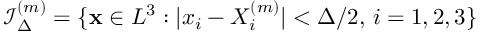
\mathcal { I } _ { \Delta } ^ { ( m ) } = \{ \mathbf { x } \in L ^ { 3 } : | x _ { i } - X _ { i } ^ { ( m ) } | < \Delta / 2 , \, i = 1 , 2 , 3 \}